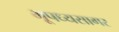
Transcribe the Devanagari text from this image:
भूपध्यसागर